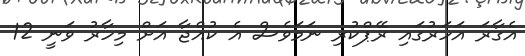
އެގާރަ އަހަރުގައި ރޭޕްކުރި ނަަމަވެސް އެ ކުއްޖާ އަށް މިހާރު ވަނީ 12